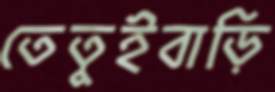
তেতুইবাড়ি